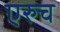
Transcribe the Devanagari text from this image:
एरुच